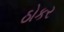
ઠોકર